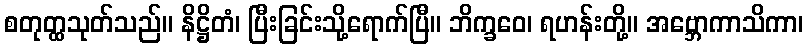
စတုတ္ထသုတ်သည်။ နိဋ္ဌိတံ၊ ပြီးခြင်းသို့ရောက်ပြီ။ ဘိက္ခဝေ၊ ရဟန်းတို့။ အဗ္ဘောကာသိကာ၊